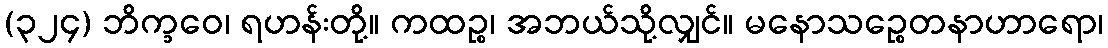
(၃၂၄) ဘိက္ခဝေ၊ ရဟန်းတို့။ ကထဉ္စ၊ အဘယ်သို့လျှင်။ မနောသဉ္စေတနာဟာရော၊